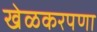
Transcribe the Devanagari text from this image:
खेळकरपणा